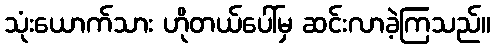
သုံးယောက်သား ဟိုတယ်ပေါ်မှ ဆင်းလာခဲ့ကြသည်။